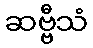
ဆဗ္ဗီသံ